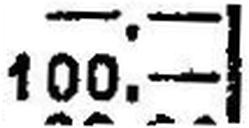
100.—